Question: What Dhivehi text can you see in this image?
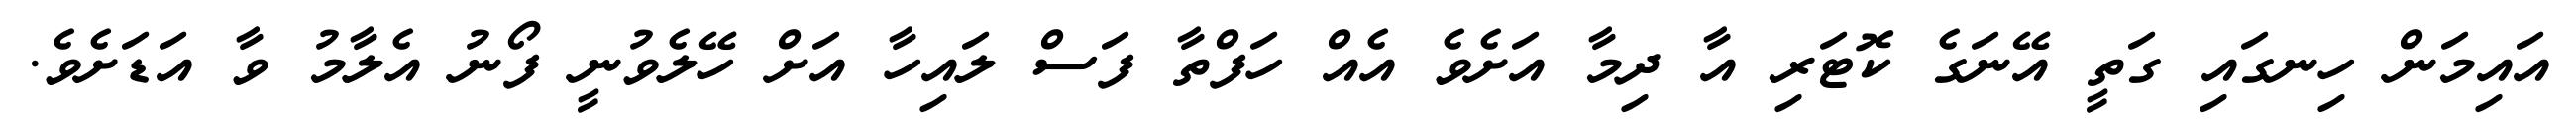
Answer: އައިމަން ހިނގައި ގަތީ އޭނަގެ ކޮޓަރި އާ ދިމާ އަށެވެ އެއް ހަފްތާ ފަސް ލައިހާ އަށް ހޭލެވުނީ ފޯނު އެލާމު ވާ އަޑަށެވެ.